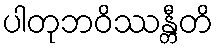
ပါတုဘဝိဿန္တီတိ